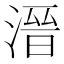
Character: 溍